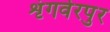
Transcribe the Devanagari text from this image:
शृंगवेरपुर